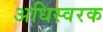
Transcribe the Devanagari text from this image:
अधिस्वरक